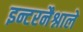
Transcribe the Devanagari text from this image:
इन्टरनैश्नाले